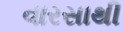
વારસાથી